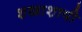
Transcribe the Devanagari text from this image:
शखाशायी